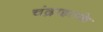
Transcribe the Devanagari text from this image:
चंद्राइतके